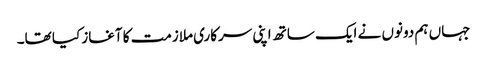
جہاں ہم دونوں نے ایک ساتھ اپنی سرکاری ملازمت کا آغاز کیا تھا۔